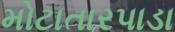
મોટાતારપાડા